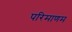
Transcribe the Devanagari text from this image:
परिमाणम